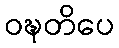
ဝဍ္ဎတိပေ